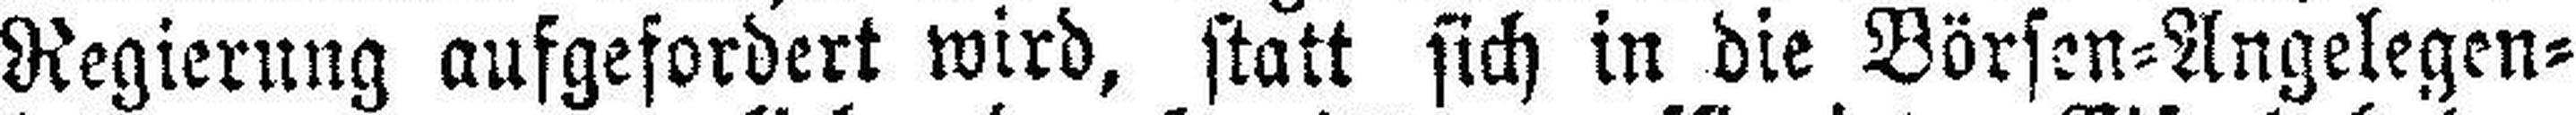
Regierung aufgefordert wird, statt sich in die Börsen=Angelegen¬